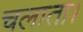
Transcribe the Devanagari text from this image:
चलाता।